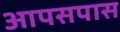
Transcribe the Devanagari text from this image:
आपसपास